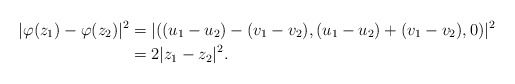
\begin{align*}| \varphi(z_1) -\varphi(z_2) |^2&=| ((u_1 -u_2) - (v_1 - v_2), (u_1 - u_2) + (v_1 - v_2), 0) |^2 \\&=2|z_1 - z_2|^2.\end{align*}